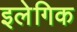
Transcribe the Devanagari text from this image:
इलेगिक